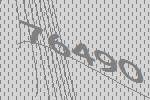
76490